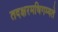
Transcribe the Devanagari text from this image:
तदक्षरमधिगम्यते